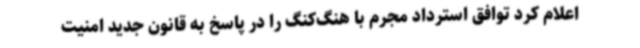
اعلام کرد توافق استرداد مجرم با هنگ‌کنگ را در پاسخ به قانون جدید امنیت